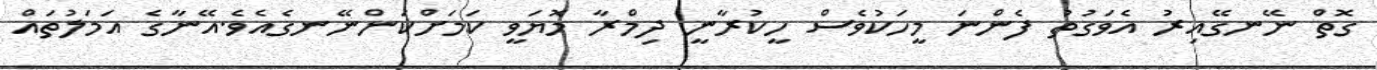
ގޮތް ނޭނގޭއިރު އެވަގުތު ފެންނަަ މީހަކުވެސް ހީކުރާނީ ދިމްރާ މޮޔަވީީ ކަމަށްކަންނޭނގެއެވެ.އޭނާގެ އަމަލުތައް